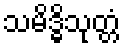
သမိဒ္ဓိသုတ္တံ